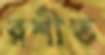
রশীত